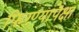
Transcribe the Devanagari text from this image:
फिरण्यापेक्षा